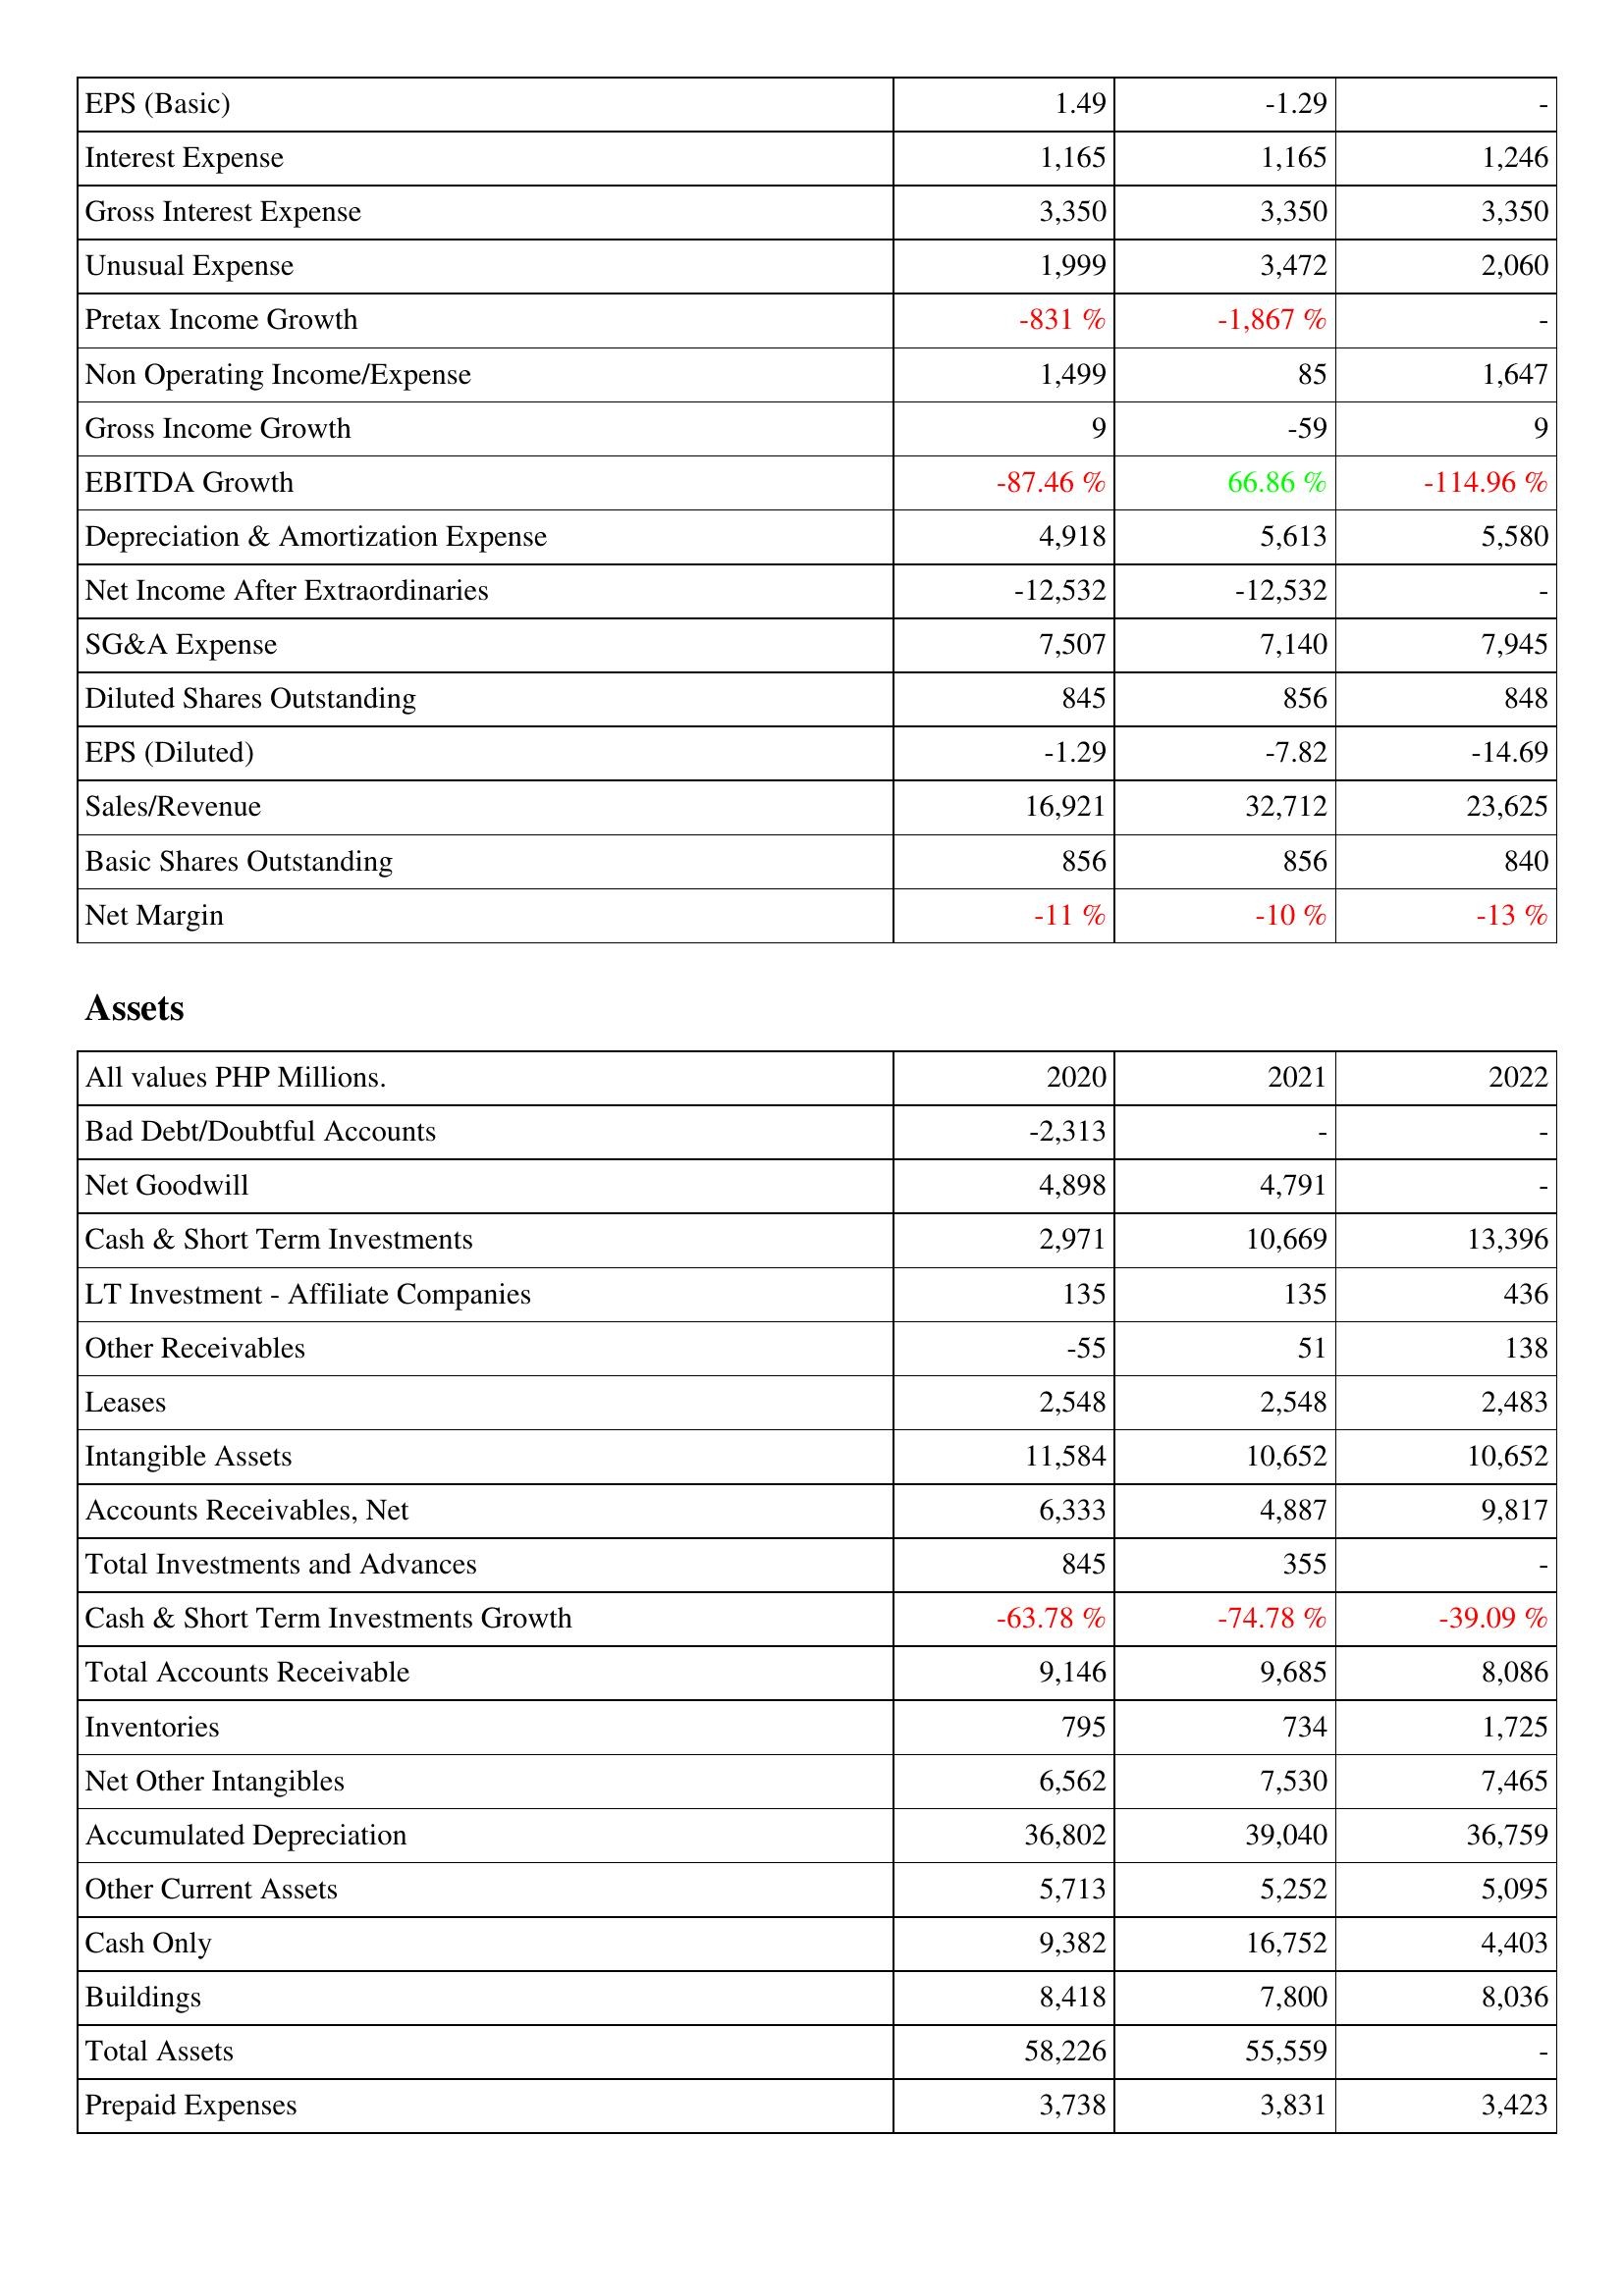
2020: Income Statement: EPS (Basic): 1.49
Interest Expense: 1,165
Gross Interest Expense: 3,350
Unusual Expense: 1,999
Pretax Income Growth: -831 %
Non Operating Income/Expense: 1,499
Gross Income Growth: 9
EBITDA Growth: -87.46 %
Depreciation & Amortization Expense: 4,918
Net Income After Extraordinaries: -12,532
SG&A Expense: 7,507
Diluted Shares Outstanding: 845
EPS (Diluted): -1.29
Sales/Revenue: 16,921
Basic Shares Outstanding: 856
Net Margin: -11 %
Assets: Bad Debt/Doubtful Accounts: -2,313
Net Goodwill: 4,898
Cash & Short Term Investments: 2,971
LT Investment - Affiliate Companies: 135
Other Receivables: -55
Leases: 2,548
Intangible Assets: 11,584
Accounts Receivables, Net: 6,333
Total Investments and Advances: 845
Cash & Short Term Investments Growth: -63.78 %
Total Accounts Receivable: 9,146
Inventories: 795
Net Other Intangibles: 6,562
Accumulated Depreciation: 36,802
Other Current Assets: 5,713
Cash Only: 9,382
Buildings: 8,418
Total Assets: 58,226
Prepaid Expenses: 3,738
2021: Income Statement: EPS (Basic): -1.29
Interest Expense: 1,165
Gross Interest Expense: 3,350
Unusual Expense: 3,472
Pretax Income Growth: -1,867 %
Non Operating Income/Expense: 85
Gross Income Growth: -59
EBITDA Growth: 66.86 %
Depreciation & Amortization Expense: 5,613
Net Income After Extraordinaries: -12,532
SG&A Expense: 7,140
Diluted Shares Outstanding: 856
EPS (Diluted): -7.82
Sales/Revenue: 32,712
Basic Shares Outstanding: 856
Net Margin: -10 %
Assets: Bad Debt/Doubtful Accounts: -
Net Goodwill: 4,791
Cash & Short Term Investments: 10,669
LT Investment - Affiliate Companies: 135
Other Receivables: 51
Leases: 2,548
Intangible Assets: 10,652
Accounts Receivables, Net: 4,887
Total Investments and Advances: 355
Cash & Short Term Investments Growth: -74.78 %
Total Accounts Receivable: 9,685
Inventories: 734
Net Other Intangibles: 7,530
Accumulated Depreciation: 39,040
Other Current Assets: 5,252
Cash Only: 16,752
Buildings: 7,800
Total Assets: 55,559
Prepaid Expenses: 3,831
2022: Income Statement: EPS (Basic): -
Interest Expense: 1,246
Gross Interest Expense: 3,350
Unusual Expense: 2,060
Pretax Income Growth: -
Non Operating Income/Expense: 1,647
Gross Income Growth: 9
EBITDA Growth: -114.96 %
Depreciation & Amortization Expense: 5,580
Net Income After Extraordinaries: -
SG&A Expense: 7,945
Diluted Shares Outstanding: 848
EPS (Diluted): -14.69
Sales/Revenue: 23,625
Basic Shares Outstanding: 840
Net Margin: -13 %
Assets: Bad Debt/Doubtful Accounts: -
Net Goodwill: -
Cash & Short Term Investments: 13,396
LT Investment - Affiliate Companies: 436
Other Receivables: 138
Leases: 2,483
Intangible Assets: 10,652
Accounts Receivables, Net: 9,817
Total Investments and Advances: -
Cash & Short Term Investments Growth: -39.09 %
Total Accounts Receivable: 8,086
Inventories: 1,725
Net Other Intangibles: 7,465
Accumulated Depreciation: 36,759
Other Current Assets: 5,095
Cash Only: 4,403
Buildings: 8,036
Total Assets: -
Prepaid Expenses: 3,423